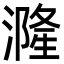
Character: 漋